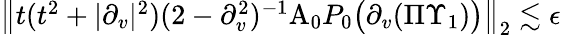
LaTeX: \begin{array}{r}{\left\| t(t^{2}+|\partial_{v}|^{2})(2-\partial_{v}^{2})^{-1}\mathrm{A}_{0}P_{0}\big(\partial_{v}(\Pi\Upsilon_{1})\big)\right\| _{2}\lesssim\epsilon}\end{array}